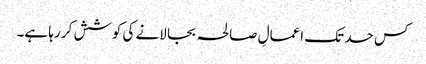
کس حد تک اعمالِ صالحہ بجا لانے کی کوشش کر رہا ہے۔